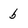
Character: b